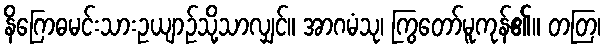
နိဂြောဓမင်းသားဥယျာဉ်သို့သာလျှင်။ အာဂမံသု၊ ကြွတော်မူကုန်၏။ တတြ၊